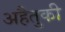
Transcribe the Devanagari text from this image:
अहैतुकी